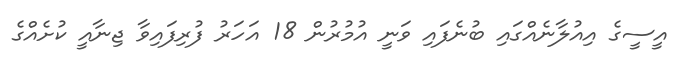
އީސީގެ އިއުލާނެއްގައި ބުނެފައި ވަނީ އުމުރުން 18 އަހަރު ފުރިފައިވާ ޖިނާއީ ކުށެއްގެ